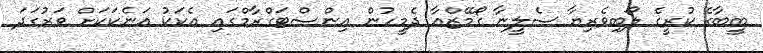
ބީބާގެ ކުރީގެ ލޯބިވެރިޔާ ސެލީނާ ގޯމޭޒްއާ ދެމީހުން އިންސްޓަގްރާމްގައި އެކަކު އަނެކަކަށް ވަރުގަދަ